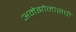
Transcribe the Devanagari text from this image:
अमेझोनासची